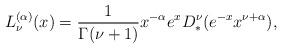
LaTeX: \begin{align*} L_{\nu}^{(\alpha)}(x)=\dfrac{1}{\Gamma(\nu+1)}x^{-\alpha}e^{x}D_{*}^{\nu}(e^{-x}x^{\nu+\alpha}), \end{align*}